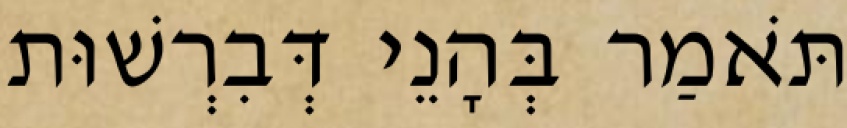
תֹּאמַר בְּהָנֵי דְּבִרְשׁוּת